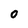
Character: 0